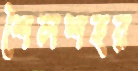
শৈলশহর